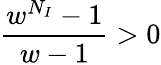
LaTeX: \frac{w^{N_{I}}-1}{w-1}>0